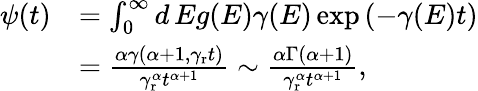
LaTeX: \begin{array}{rl}{\psi(t)}&{=\int_{0}^{\infty}d\, Eg(E)\gamma(E)\exp\left(-\gamma(E)t\right)}\\ &{=\frac{\alpha\gamma\left(\alpha+1,\gamma_{\mathrm{r}}t\right)}{\gamma_{\mathrm{r}}^{\alpha}t^{\alpha+1}}\sim\frac{\alpha\Gamma\left(\alpha+1\right)}{\gamma_{\mathrm{r}}^{\alpha}t^{\alpha+1}},}\end{array}